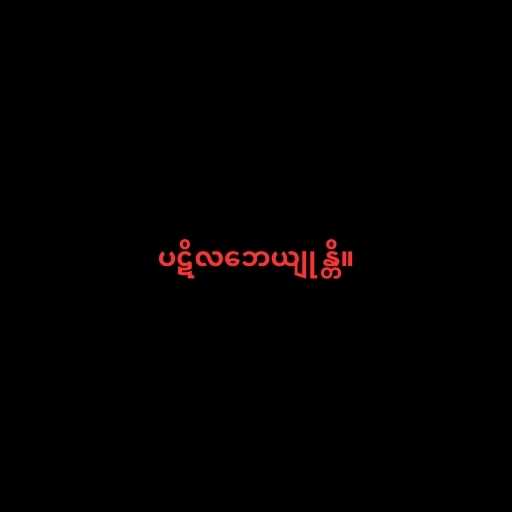
ပဋိလဘေယျုန္တိ။